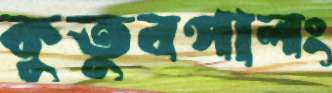
কুতুবপালং